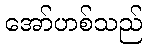
အော်ဟစ်သည်